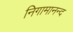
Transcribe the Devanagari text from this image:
निगामानन्द